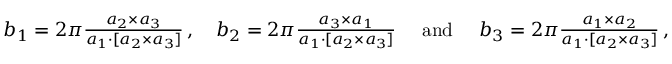
\begin{array} { r } { \boldsymbol b _ { 1 } = 2 \pi \frac { \boldsymbol a _ { 2 } \times \boldsymbol a _ { 3 } } { \boldsymbol a _ { 1 } \cdot [ \boldsymbol a _ { 2 } \times \boldsymbol a _ { 3 } ] } \, , \quad \boldsymbol b _ { 2 } = 2 \pi \frac { \boldsymbol a _ { 3 } \times \boldsymbol a _ { 1 } } { \boldsymbol a _ { 1 } \cdot [ \boldsymbol a _ { 2 } \times \boldsymbol a _ { 3 } ] } \quad \mathrm { ~ a n d ~ } \quad \boldsymbol b _ { 3 } = 2 \pi \frac { \boldsymbol a _ { 1 } \times \boldsymbol a _ { 2 } } { \boldsymbol a _ { 1 } \cdot [ \boldsymbol a _ { 2 } \times \boldsymbol a _ { 3 } ] } \, , } \end{array}